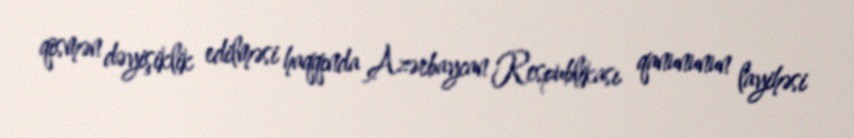
qismən dəyişiklik edilməsi haqqında Azərbaycan Respublikası qanununun layihəsi